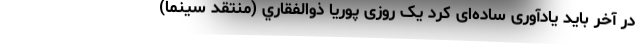
در آخر باید یادآوری ساده‌ای کرد یک روزی پوريا ذوالفقاري (منتقد سينما)